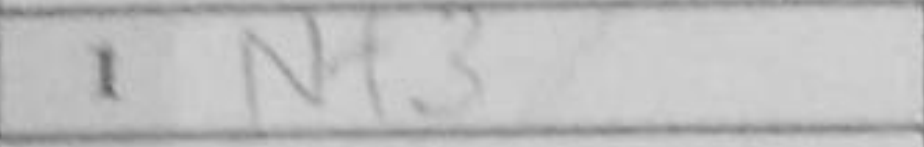
Transcription: Nf3